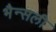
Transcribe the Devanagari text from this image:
भैन्सली